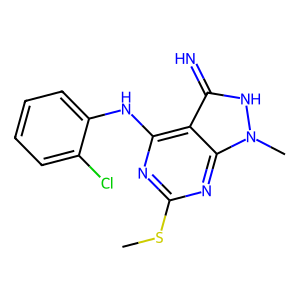
SMILES: CSc1nc(Nc2ccccc2Cl)c2c(=N)[nH]n(C)c2n1
Inhibits HIV replication: No